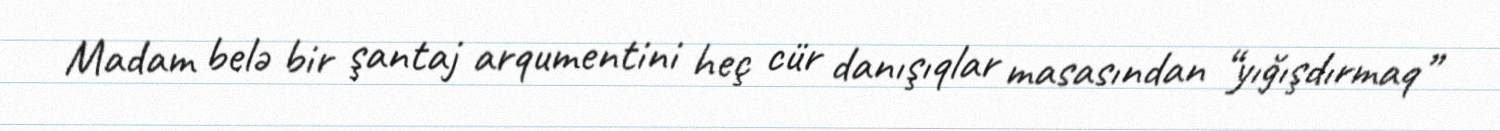
Madam belə bir şantaj arqumentini heç cür danışıqlar masasından “yığışdırmaq”